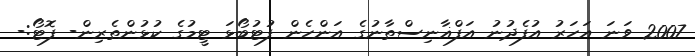
2007 ވަނަ އަހަރު އުފެދުނު އަފްޣާނިސްތާނުގެ އަންހެން ފުޓުބޯޅަ ޓީމުގެ ކުޅުންތެރިން- ފޮޓޯ:-